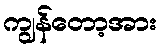
ကျွန်တော့အား